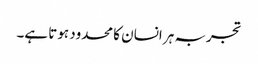
تجربہ ہر انسان کا محدود ہوتا ہے۔